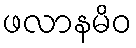
ဖလာနမိဝ